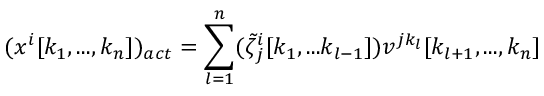
( x ^ { i } [ k _ { 1 } , . . . , k _ { n } ] ) _ { a c t } = \sum _ { l = 1 } ^ { n } ( \tilde { \zeta } _ { j } ^ { i } [ k _ { 1 } , . . . k _ { l - 1 } ] ) v ^ { j k _ { l } } [ k _ { l + 1 } , . . . , k _ { n } ]